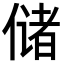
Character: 储